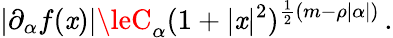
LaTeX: |\partial_{\alpha}f(\mathit{x})|\leC_{\alpha}(1+|\mathit{x}|^{2})^{\frac{{1}}{{2}}(m-\rho|\alpha|)}\, .